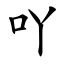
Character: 吖